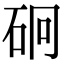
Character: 𥑎